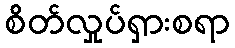
စိတ်လှုပ်ရှားစရာ